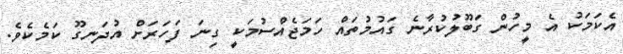
އެކަމަކު އެ މީހުން ގަބޫލުކުރާނެ ގައުމުތައް ހަމަޖެއްސުމަކީ ގިނަ ފަހަރަށް އުދަނގޫ ކަމެކެވެ.